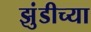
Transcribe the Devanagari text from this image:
झुंडीच्या